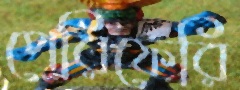
পেরিফেরি